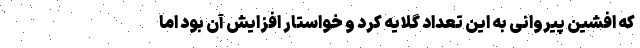
که افشین پیروانی به این تعداد گلایه کرد و خواستار افزایش آن بود اما